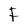
Character: F